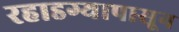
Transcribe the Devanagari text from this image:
रहाडग्यापासून